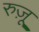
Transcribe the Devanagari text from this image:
रुज़ू